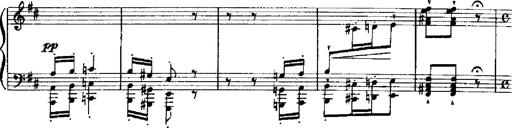
Title: RÃ©miniscences de Robert le diable
Composer: Franz Liszt